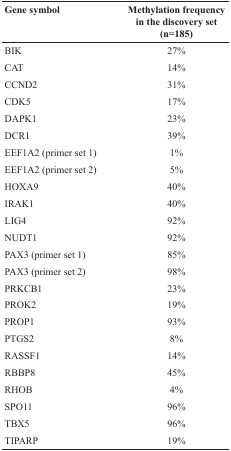
| Gene symbol | Methylation frequencyin the discovery set(n=185) |
 | --- | --- |
 | BIK | 27% |
 | CAT | 14% |
 | CCND2 | 31% |
 | CDK5 | 17% |
 | DAPK1 | 23% |
 | DCR1 | 39% |
 | EEF1A2 (primer set 1) | 1% |
 | EEF1A2 (primer set 2) | 5% |
 | HOXA9 | 40% |
 | IRAK1 | 40% |
 | LIG4 | 92% |
 | NUDT1 | 92% |
 | PAX3 (primer set 1) | 85% |
 | PAX3 (primer set 2) | 98% |
 | PRKCB1 | 23% |
 | PROK2 | 19% |
 | PROP1 | 93% |
 | PTGS2 | 8% |
 | RASSF1 | 14% |
 | RBBP8 | 45% |
 | RHOB | 4% |
 | SPO11 | 96% |
 | TBX5 | 96% |
 | TIPARP | 19% |